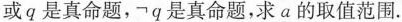
或q是真命题，\neg q是真命题，求a的取值范围。